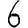
Digit: 6